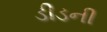
ડીડની